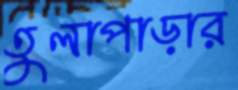
তুলাপাড়ার